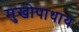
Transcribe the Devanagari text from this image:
मुखोपाधाय